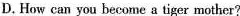
D.How can you become a tiger mother?